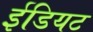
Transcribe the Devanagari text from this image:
ईडियट